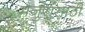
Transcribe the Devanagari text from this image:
मजुरांसाठी